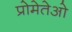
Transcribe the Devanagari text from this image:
प्रोमेतेओ